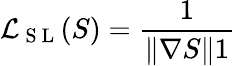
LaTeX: \mathcal{L}_{\mathrm{~S~L~}}(S)=\frac{1}{\| \nabla S\| 1}